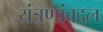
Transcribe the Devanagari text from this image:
यंत्रणांबद्दल